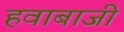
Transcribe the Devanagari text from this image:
हवाबाजी